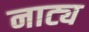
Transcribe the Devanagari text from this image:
नाट्य